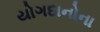
યોગદાનોના